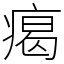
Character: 𤸎